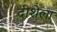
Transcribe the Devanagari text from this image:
दीशेला